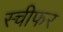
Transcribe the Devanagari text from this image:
स्चीफर